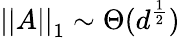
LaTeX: \left|\left|A\right|\right|_{1}\sim\Theta(d^{\frac{1}{2}})